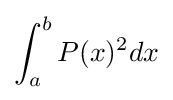
\int _{a}^{b}P(x)^{2}dx